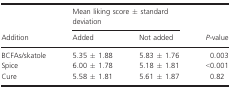
<table><thead><tr><td rowspan="2"><b>Addition</b></td><td colspan="2"><b>Mean liking score ± standard deviation</b></td><td rowspan="2"><b><i>P</i>-value</b></td></tr><tr><td><b>Added</b></td><td><b>Not added</b></td></tr></thead><tbody><tr><td>BCFAs/skatole</td><td>5.35 ± 1.88</td><td>5.83 ± 1.76</td><td>0.003</td></tr><tr><td>Spice</td><td>6.00 ± 1.78</td><td>5.18 ± 1.81</td><td>&lt;0.001</td></tr><tr><td>Cure</td><td>5.58 ± 1.81</td><td>5.61 ± 1.87</td><td>0.82</td></tr></tbody></table>